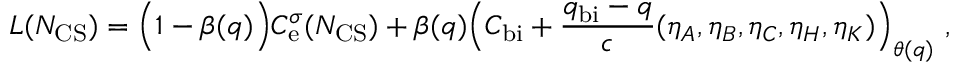
L ( N _ { \mathrm { C S } } ) = \Bigl ( 1 - \beta ( q ) \Bigr ) C _ { \mathrm { e } } ^ { \sigma } ( N _ { \mathrm { C S } } ) + \beta ( q ) \Bigl ( C _ { \mathrm { b i } } + { \frac { q _ { \mathrm { b i } } - q } { c } } ( \eta _ { A } , \eta _ { B } , \eta _ { C } , \eta _ { H } , \eta _ { K } ) \Bigr ) _ { \theta ( q ) } \ ,